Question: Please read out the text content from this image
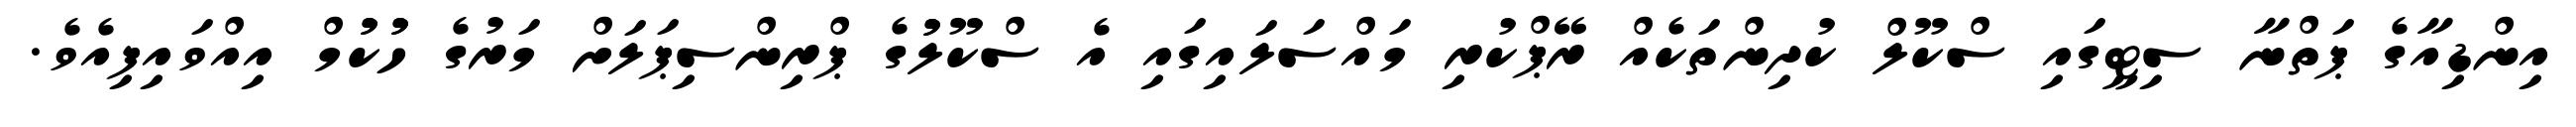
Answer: އިންޑިއާގެ ޕަތްނާ ސިޓީގައި ސްކޫލް ކުދިންތަކެއް ރޭޕްކުރި މައްސަލައިގައި އެ ސްކޫލުުގެ ޕްރިންސިޕަލަށް މަރުގެ ހުުކުުމް އިއްވައިފިއެވެ.